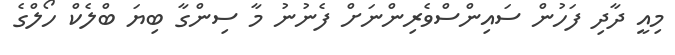
މިއީ ދާދި ފަހުން ސައިންސްވެރިންނަށް ފެނުނު މާ ސިންގާ ބިޔަ ބްލެކް ހޯލްގެ